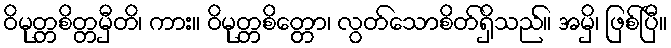
ဝိမုတ္တစိတ္တမှီတိ၊ ကား။ ဝိမုတ္တစိတ္တော၊ လွတ်သောစိတ်ရှိသည်။ အမှိ၊ ဖြစ်ပြီ။